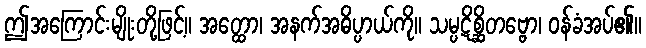
ဤအကြောင်းမျိုးတို့ဖြင့်။ အတ္ထော၊ အနက်အဓိပ္ပာယ်ကို။ သမ္ပဋိစ္ဆိတဗ္ဗော၊ ဝန်ခံအပ်၏။